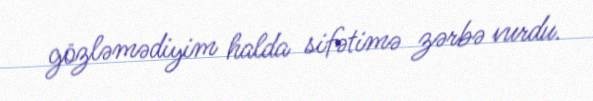
gözləmədiyim halda sifətimə zərbə vurdu.